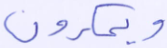
ويمكرون